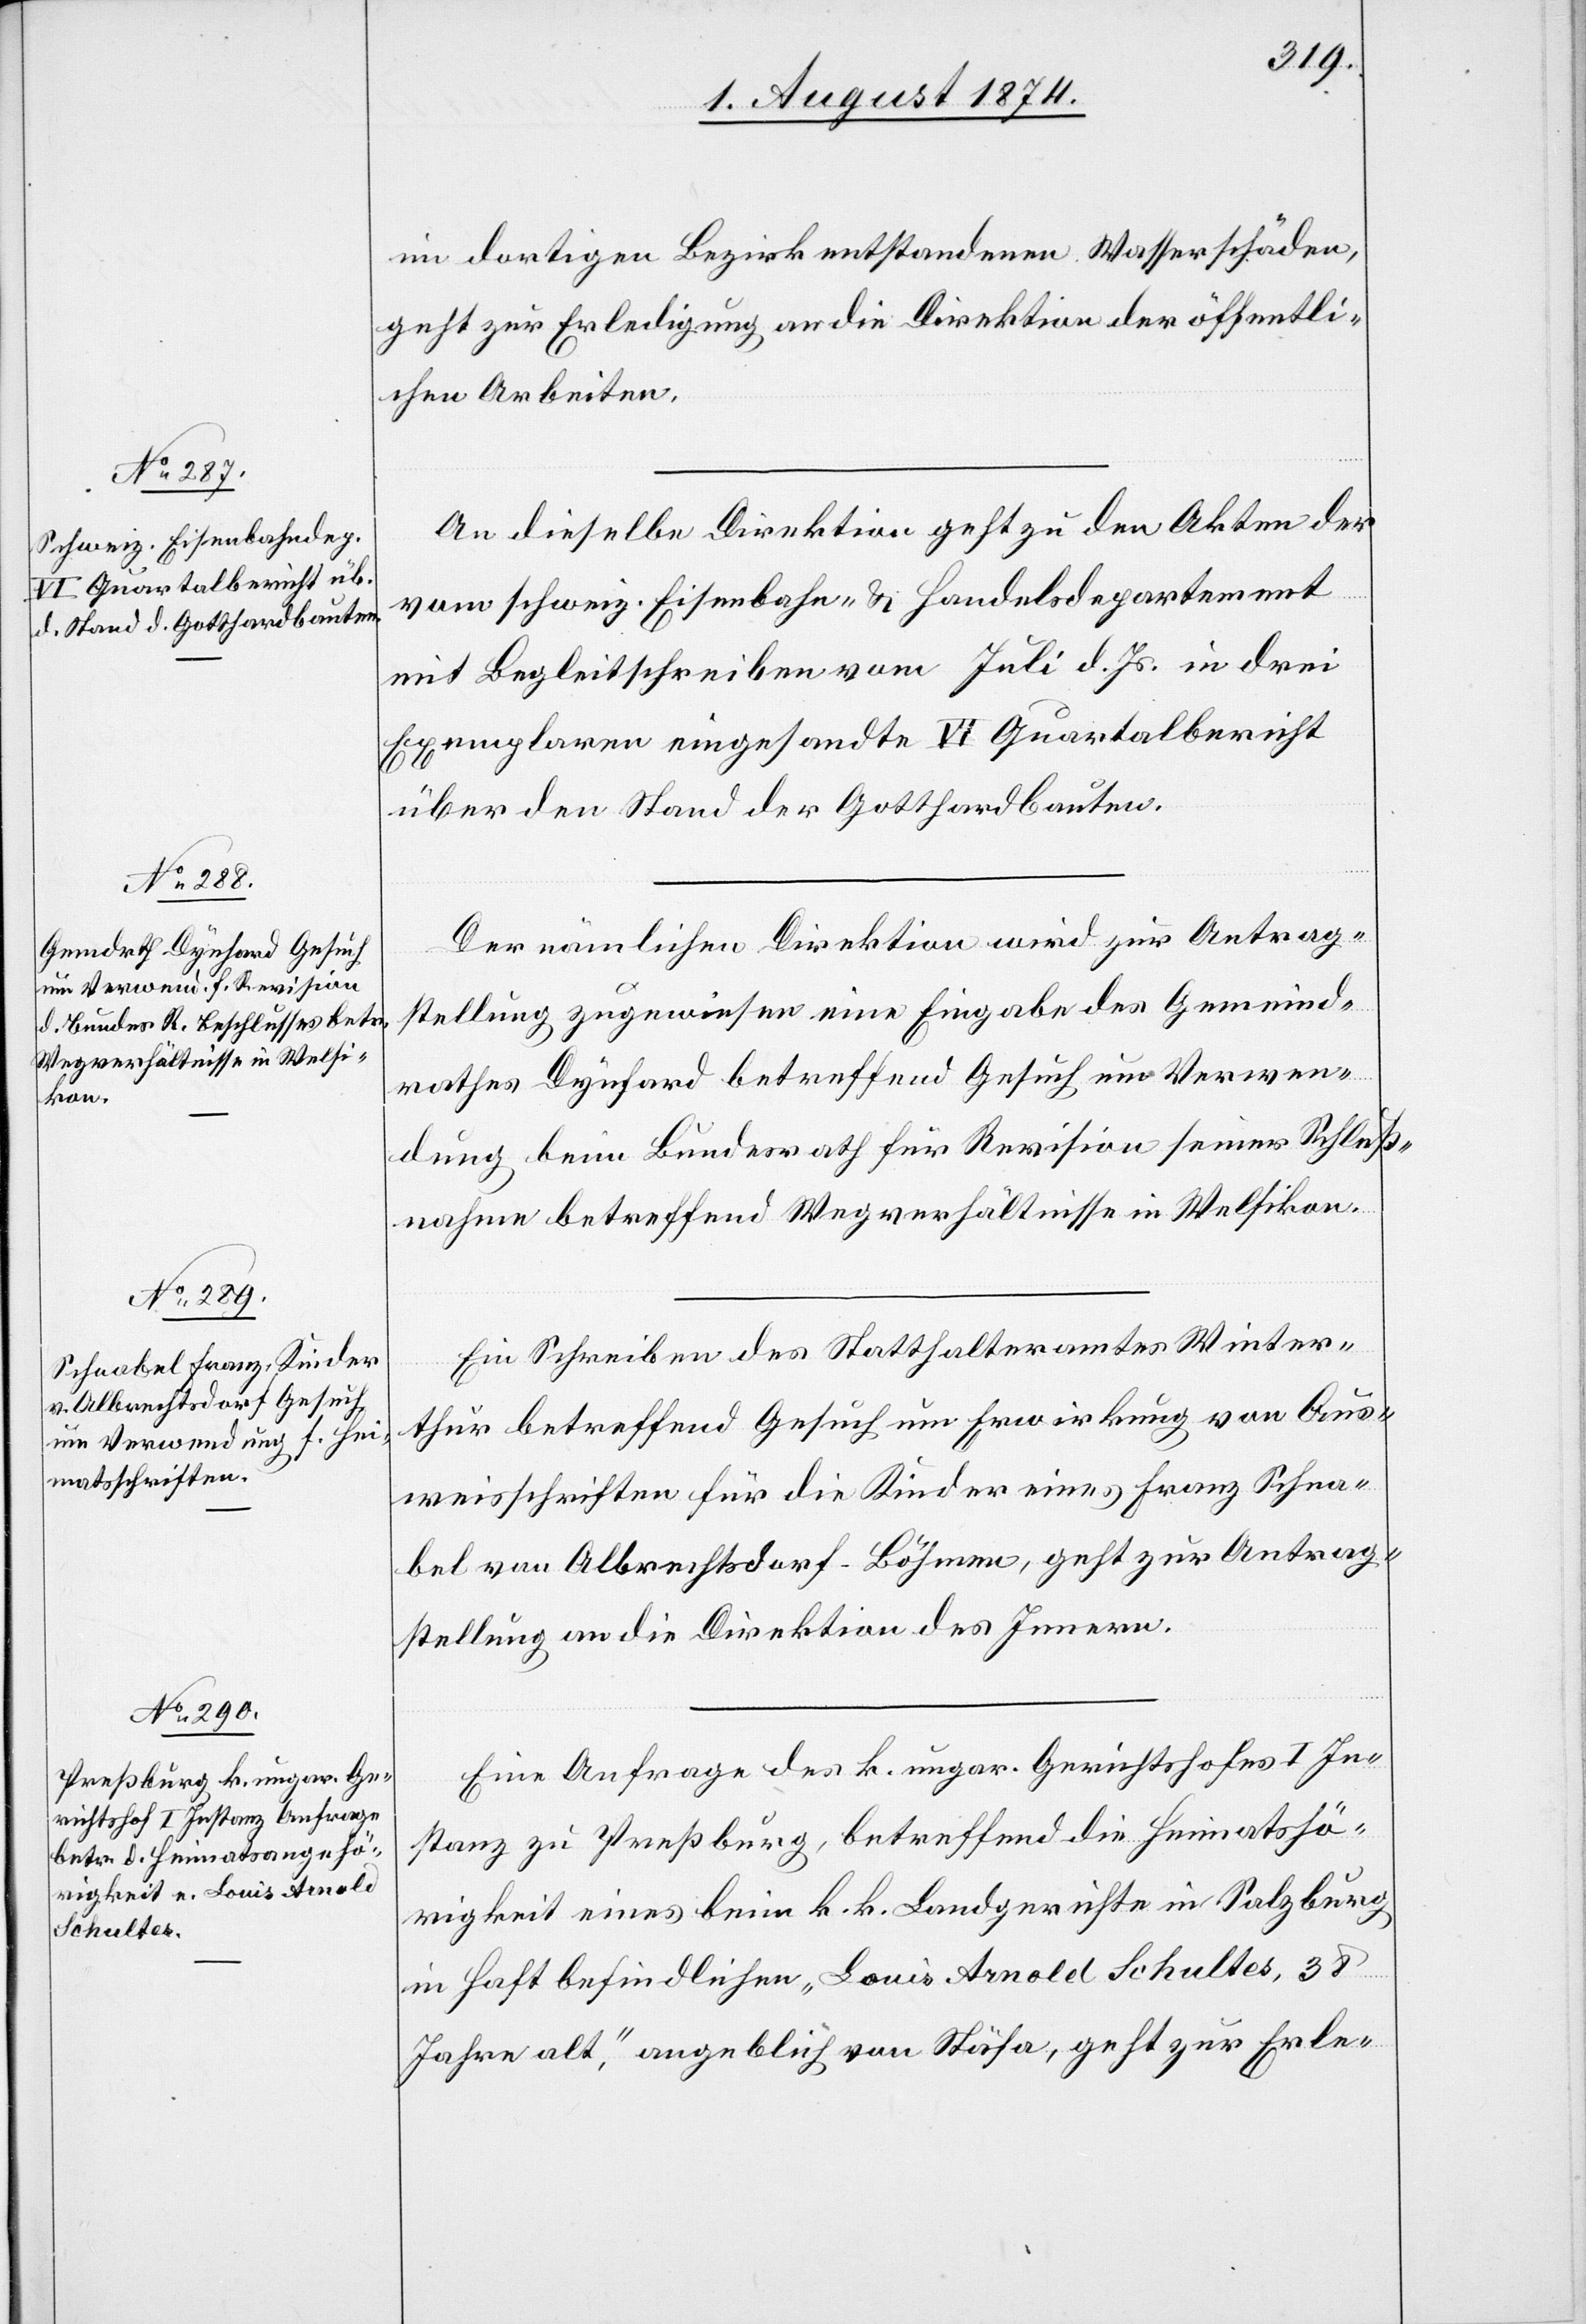
4. August 1874.]
im dortigen Bezirk entstandenen Wasserschäden,
geht zur Erledigung an die Direktion der öffentli¬
chen Arbeiten.
An dieselbe Direktion geht zu den Akten der
vom schweiz. Eisenbahn- u. Handelsdepartement
mit Begleitschreiben vom Juli d. Js. in drei
Exemplaren eingesandte VI Quartalbericht
über den Stand der Gotthardbauten.
Der nämlichen Direktion wird zur Antrag¬
stellung zugewiesen eine Eingabe des Gemeind¬
rathes Dynhard betreffend Gesuch um Verwen¬
dung beim Bundesrath für Revision seiner Schluß¬
nahme betreffend Wegverhältnisse in Welsikon.
Ein Schreiben des Statthalteramtes Winter¬
thur betreffend Gesuch um Erwirkung von Aus¬
weisschriften für die Kinder eines Franz Schna¬
bel von Albrechtsdorf-Böhmen, geht zur Antrag¬
stellung an die Direktion des Innern.
Eine Anfrage des k. ungar. Gerichtshofes I In¬
stanz zu Preßburg, betreffend die Heimatshö¬
rigkeit eines beim k. k. Landgerichte in Salzburg
in Haft befindlichen „Louis Arnold Schultes, 38
Jahre alt“, angeblich von Stäfa, geht zur Erle-